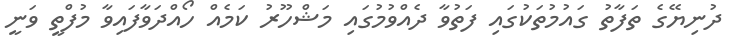
ދުނިޔޭގެ ތަފާތު ގައުމުތަކުގައި ފަތުވާ ދެއްވުމުގައި މަޝްހޫރު ކަމެއް ހޯއްދަވާފައިވާ މުފްތީ ވަނީ